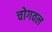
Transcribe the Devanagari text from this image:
चोगवल